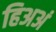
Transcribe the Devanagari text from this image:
हिअअं